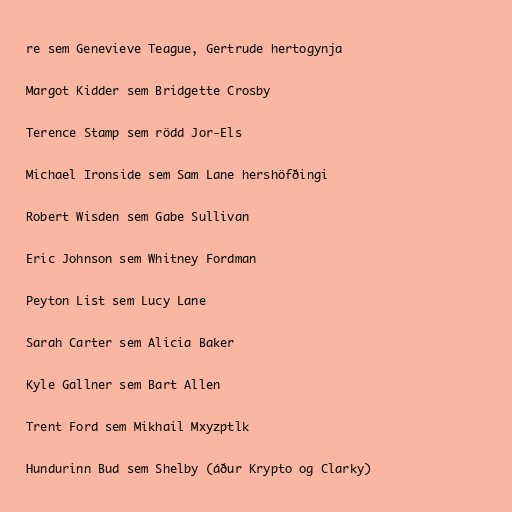
re sem Genevieve Teague, Gertrude hertogynja

Margot Kidder sem Bridgette Crosby

Terence Stamp sem rödd Jor-Els

Michael Ironside sem Sam Lane hershöfðingi

Robert Wisden sem Gabe Sullivan

Eric Johnson sem Whitney Fordman

Peyton List sem Lucy Lane

Sarah Carter sem Alicia Baker

Kyle Gallner sem Bart Allen

Trent Ford sem Mikhail Mxyzptlk

Hundurinn Bud sem Shelby (áður Krypto og Clarky)